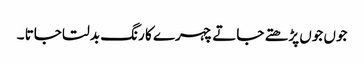
جوں جوں پڑھتے جاتے چہرے کا رنگ بدلتا جاتا ۔